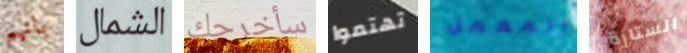
بانهم الشمال سأخرجك تهتموا المعمل الستارة